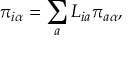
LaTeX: \pi _ { i \alpha } = \sum _ { a } L _ { i a } \pi _ { a \alpha } ,